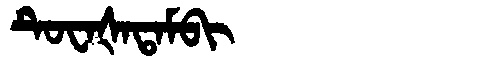
Manchu: ᡨᡠᠸᠠᡧᠠᡨᠠᠮᠪᡳ
Romanization: TUWAŠATAMBI